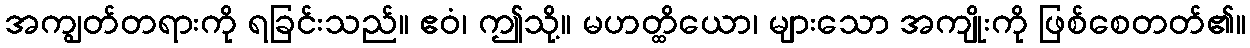
အကျွတ်တရားကို ရခြင်းသည်။ ဧဝံ၊ ဤသို့။ မဟတ္ထိယော၊ များသော အကျိုးကို ဖြစ်စေတတ်၏။